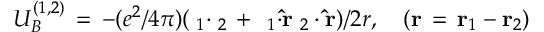
U _ { B } ^ { ( 1 , 2 ) } \, = \, - ( e ^ { 2 } / 4 \pi ) ( { \bf \alpha } _ { 1 } { \bf \cdot } { \bf \alpha } _ { 2 } \, + \, { \bf \alpha } _ { 1 } { \bf \cdot \hat { r } \alpha } _ { 2 } \cdot { \bf \hat { r } } ) / 2 r , \quad ( { \bf r \, = \, r } _ { 1 } - { \bf r } _ { 2 } )